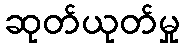
ဆုတ်ယုတ်မှု